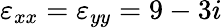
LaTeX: \varepsilon_{xx}=\varepsilon_{yy}=9-3i